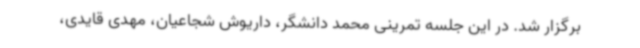
برگزار شد. در این جلسه تمرینی محمد دانشگر، داریوش شجاعیان، مهدی قایدی،